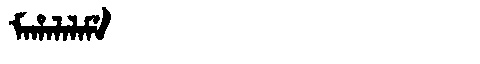
Manchu: ᠮᠠᡥᠠᠯᠠᠯᠠᠮᡝ
Romanization: MAHALALAME